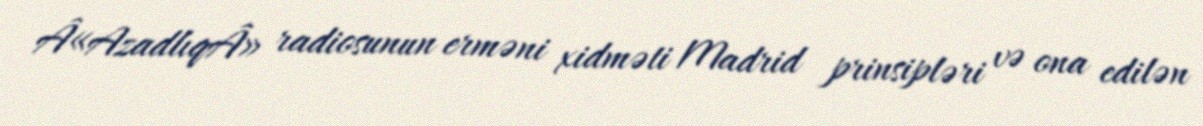
Â«AzadlıqÂ» radiosunun erməni xidməti Madrid prinsipləri və ona edilən